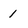
Character: 1